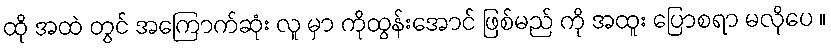
ထို အထဲ တွင် အကြောက်ဆုံး လူ မှာ ကိုထွန်းအောင် ဖြစ်မည် ကို အထူး ပြောစရာ မလိုပေ ။